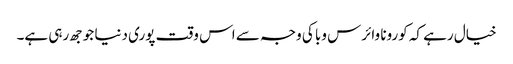
خیال رہے کہ کورونا وائرس وبا کی وجہ سے اس وقت پوری دنیا جوجھ رہی ہے۔